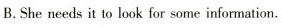
B. She needs it to look for some information.